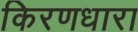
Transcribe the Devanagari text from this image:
किरणधारा